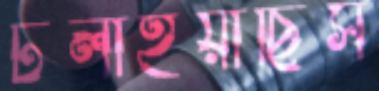
টলাইয়াছিস